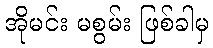
အိုမင်း မစွမ်း ဖြစ်ခါမှ